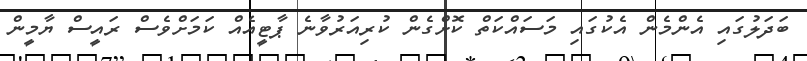
ބަދަލުގައި އެންމެން އެކުގައި މަސައްކަތް ކޮށްގެން ކުރިއަރުވާނެ ޕާޓީއެއް ކަމަށްވެސް ރައީސް ޔާމީން